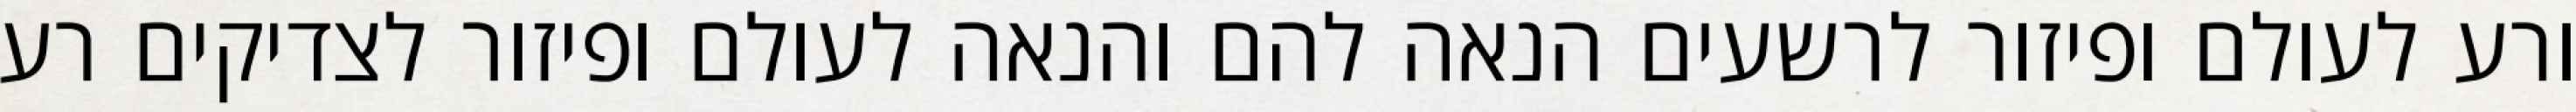
ורע לעולם ופיזור לרשעים הנאה להם והנאה לעולם ופיזור לצדיקים רע